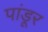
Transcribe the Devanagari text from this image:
पांडूर